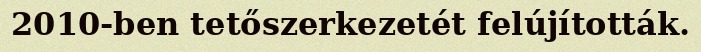
2010-ben tetőszerkezetét felújították.